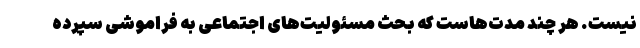
نیست. هر چند مدت‌هاست که بحث مسئولیت‌های اجتماعی به فراموشی سپرده